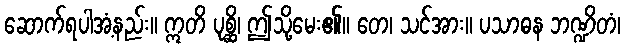
ဆောက်ရပါအံ့နည်း။ ဣတိ ပုစ္ဆိ၊ ဤသို့မေး၏။ တေ၊ သင်အား။ ပသာဓန ဘဏ္ဍိတံ၊